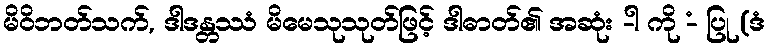
မိဝိဘတ်သက်, ဒါဒန္တဿံ မိမေသုသုတ်ဖြင့် ဒါဓာတ်၏ အဆုံး -ါ ကို -ံ ပြု (ဒံ